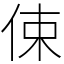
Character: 㑛